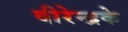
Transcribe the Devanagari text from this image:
वीरेन्द्रके